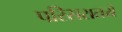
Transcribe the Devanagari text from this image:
परिसरातये